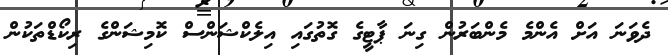
ދެވަނަ އަށް އެންމެ މެންބަރުން ގިނަ ޕާޓީގެ ގޮތުގައި އިލެކްޝަންސް ކޮމިޝަންގެ ރިކޯޑްތަކުން